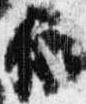
依